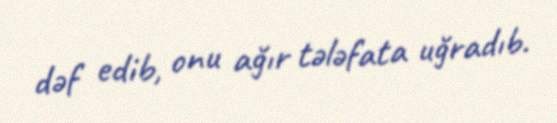
dəf edib, onu ağır tələfata uğradıb.